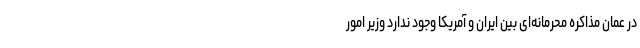
در عمان مذاکره محرمانه‌ای بین ایران و آمریکا وجود ندارد وزیر امور